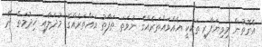
އެގޮތުން މިވިޔަފާރި ތަކަކީ އެއްވައްތަރެއްގެ ނުވަތަ ތަފާތު ވައްތަރެއްގެ މުދަލާއި ޚިދުމަތް ދޭ